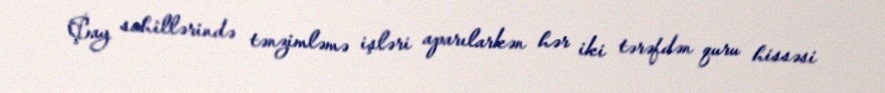
Çay sahillərində tənzimləmə işləri aparılarkən hər iki tərəfdən quru hissəsi